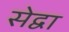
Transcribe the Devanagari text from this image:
सेद्वा